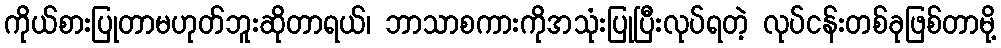
ကိုယ်စားပြုတာမဟုတ်ဘူးဆိုတာရယ်၊ ဘာသာစကားကိုအသုံးပြုပြီးလုပ်ရတဲ့ လုပ်ငန်းတစ်ခုဖြစ်တာမို့